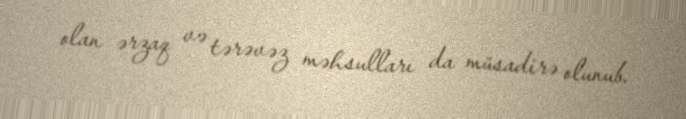
olan ərzaq və tərəvəz məhsulları da müsadirə olunub.